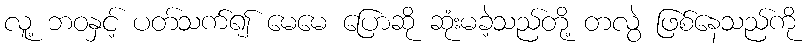
လူ့ ဘဝနှင့် ပတ်သက်၍ မေမေ ပြောဆို ဆုံးမခဲ့သည်တို့ တလွဲ ဖြစ်နေသည်ကို